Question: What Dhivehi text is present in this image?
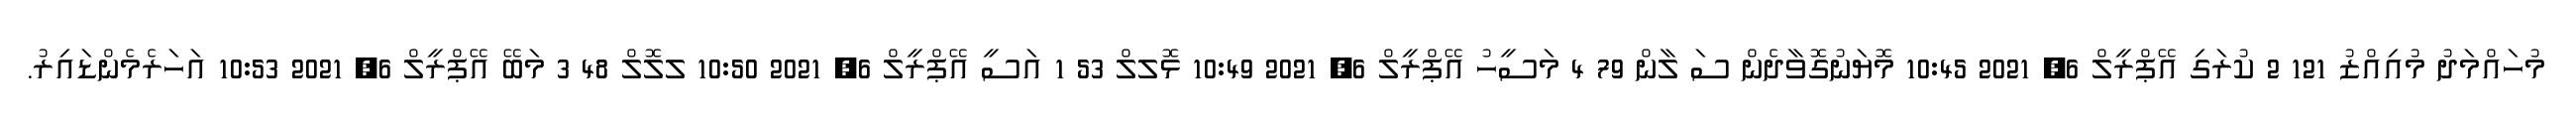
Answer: މުހައްމަދު މުއިއްޒު 121 2 ކުރަގި އޭޕްރީލް 6, 2021 10:45 މޮޔަނުގޮވާދެން ސަ ލާން 79 4 މަސީހު އޭޕްރީލް 6, 2021 10:49 ޅޮލލް 53 1 އަސީ އޭޕްރީލް 6, 2021 10:50 ލލޮލް 48 3 މަބޭ އޭޕްރީލް 6, 2021 10:53 އަހަރެމެންޑައިރު.